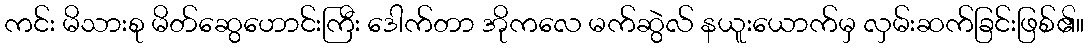
ကင်း မိသားစု မိတ်ဆွေဟောင်းကြီး ဒေါက်တာ အိုကလေ မက်ဆွဲလ် နယူးယောက်မှ လှမ်းဆက်ခြင်းဖြစ်၏။